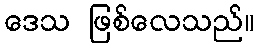
ဒေသ ဖြစ်လေသည်။